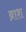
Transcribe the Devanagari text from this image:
ब्राश